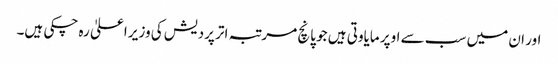
اور ان میں سب سے اوپر مایاوتی ہیں جو پانچ مرتبہ اتر پردیش کی وزیر اعلیٰ رہ چکی ہیں۔